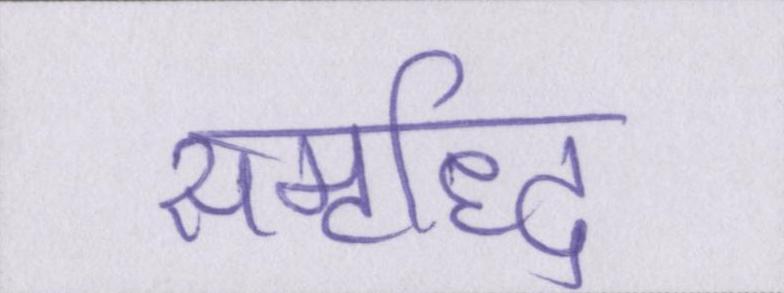
समृध्दि